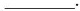
___.